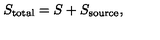
S _ { \mathrm { t o t a l } } = S + S _ { \mathrm { s o u r c e } } ,